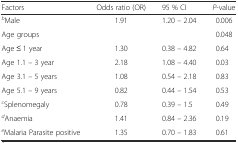
| Factors | Odds ratio (OR) | 95 % CI | P-value |
 | --- | --- | --- | --- |
 | bMale | 1.91 | 1.20 – 2.04 | 0.006 |
 | Age groups |  |  | 0.048 |
 | Age ≤ 1 year | 1.30 | 0.38 – 4.82 | 0.64 |
 | Age 1.1 – 3 year | 2.18 | 1.08 – 4.40 | 0.03 |
 | Age 3.1 – 5 years | 1.08 | 0.54 – 2.18 | 0.83 |
 | Age 5.1 – 9 years | 0.82 | 0.44 – 1.54 | 0.53 |
 | cSplenomegaly | 0.78 | 0.39 – 1.5 | 0.49 |
 | dAnaemia | 1.41 | 0.84 – 2.36 | 0.19 |
 | eMalaria Parasite positive | 1.35 | 0.70 – 1.83 | 0.61 |